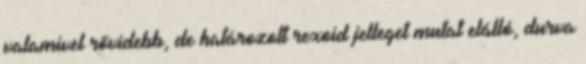
valamivel rövidebb, de határozott rexoid jelleget mutat elálló, durva